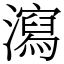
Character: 瀉